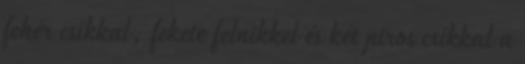
fehér csíkkal, fekete felnikkel és két piros csíkkal a